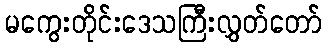
မကွေးတိုင်းဒေသကြီးလွှတ်တော်